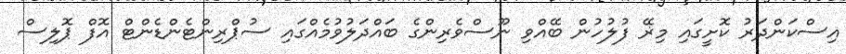
އިސްކަންދަރު ކޮށީގައި މިޜޭ ފުލުހުން ބޭއްވި ނޫސްވެރިންގެ ބައްދަލުވުމެއްގައި ސުޕްރިންޓެންޑެންޓް އޮފް ޕޮލިސް